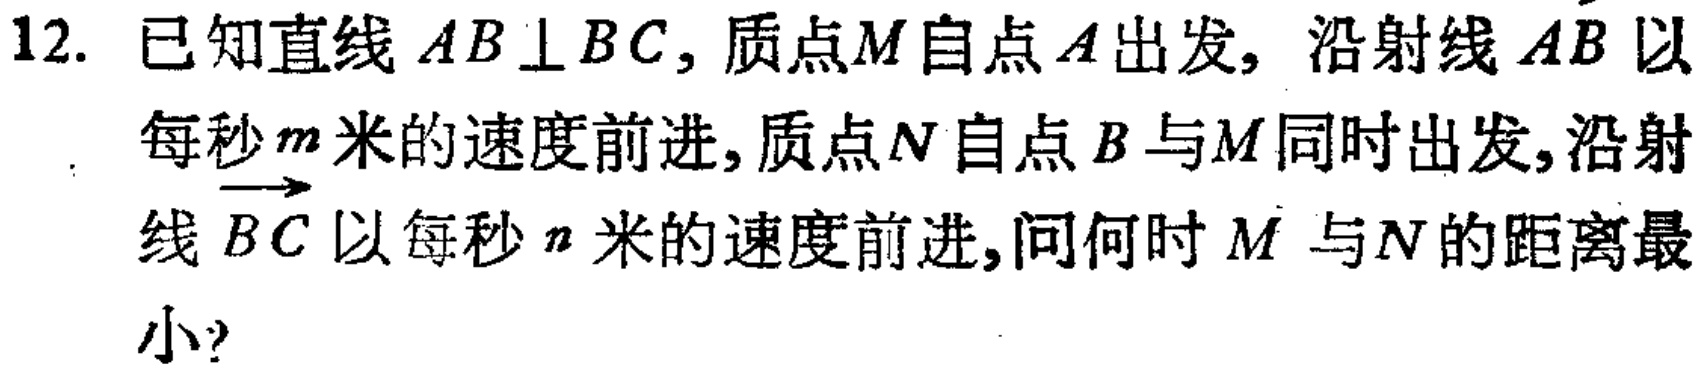
12. 已知直线 \(AB\perp BC\)，质点\(M\)自点\(A\)出发，沿射线\(\overrightarrow{AB}\)以每秒\(m\)米的速度前进，质点\(N\)自点\(B\)与\(M\)同时出发，沿射线\(\overrightarrow{BC}\)以每秒\(n\)米的速度前进，问何时 \(M\) 与\(N\)的距离最小？